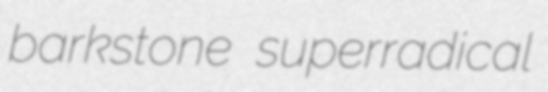
barkstone superradical